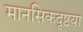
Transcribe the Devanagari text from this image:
मानसिकदृष्टया